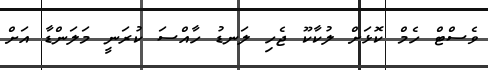
ވެސްޓް ހެމް ކޮޅަށް ލުކާކޫ ޖެހި ލަނޑު ހާއްސަ ކުރަނީ މަލަންޑާ އަށް